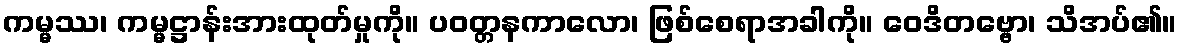
ကမ္မဿ၊ ကမ္မဋ္ဌာန်းအားထုတ်မှုကို။ ပဝတ္တနကာလော၊ ဖြစ်စေရာအခါကို။ ဝေဒိတဗ္ဗော၊ သိအပ်၏။